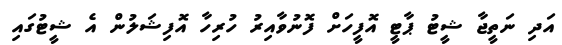
އަދި ނަތީޖާ ޝީޓު ޕާޓީ އޮފީހަށް ފޮނުވާއިރު ހުރިހާ އޮފިޝަލުން އެ ޝީޓުގައި